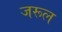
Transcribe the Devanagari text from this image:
जरूल